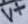
Text: V+